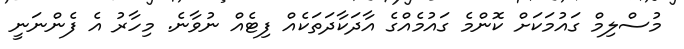
މުސްލިމް ގައުމަކަށް ކޮންމެ ގައުމެއްގެ އާދަކާދަތަކެއް ފިޓެއް ނުވާނެ. މިހާރު އެ ފެންނަނީ